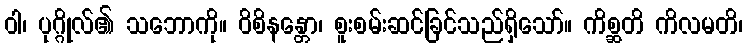
ဝါ၊ ပုဂ္ဂိုလ်၏ သဘောကို။ ဝိစိနန္တော၊ စူးစမ်းဆင်ခြင်သည်ရှိသော်။ ကိစ္ဆတိ ကိလမတိ၊